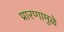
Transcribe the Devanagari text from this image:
प्रारणामुळे